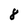
Character: 8